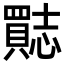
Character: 𮚣